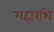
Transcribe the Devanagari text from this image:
महारथि